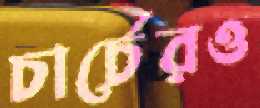
চার্চেরও